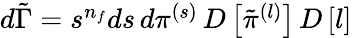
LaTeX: \begin{array}{r}{d\tilde{\Gamma}=s^{n_{f}}ds\, d\pi^{(s)}\, D\left[\tilde{\pi}^{(l)}\right]\, D\left[l\right]}\end{array}